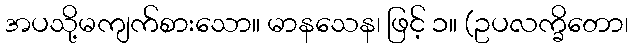
အပသို့မကျက်စားသော။ မာနသေန၊ ဖြင့် ၁။ (ဥပလက္ခိတော၊